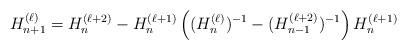
LaTeX: \begin{align*}H_{n+1}^{(\ell)}=H_n^{(\ell+2)}-H_n^{(\ell+1)}\left((H_n^{(\ell)})^{-1}-(H_{n-1}^{(\ell+2)})^{-1}\right)H_n^{(\ell+1)}\end{align*}